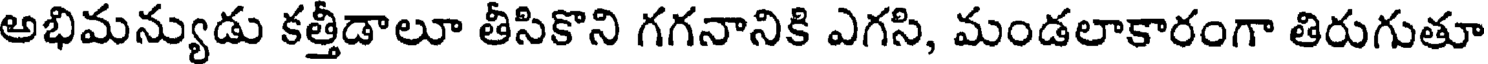
అభిమన్యుడు కత్తీడాలూ తీసికొని గగనానికి ఎగసి, మండలాకారంగా తిరుగుతూ